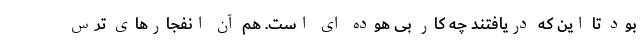
بود تا این که دریافتند چه کار بی هوده ای است. هم آن انفجارهای ترس